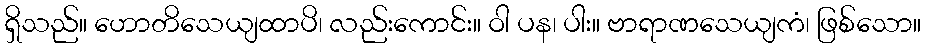
ရှိသည်။ ဟောတိသေယျထာပိ၊ လည်းကောင်း။ ဝါ ပန၊ ပါး။ ဗာရာဏသေယျကံ၊ ဖြစ်သော။